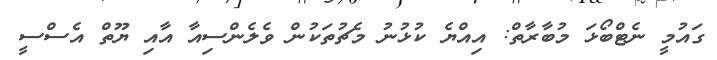
ގައުމީ ނެޓްބޯޅަ މުބާރާތް: އިއްޔެ ކުޅުނު މެޗުތަކުން ވެލެންސިއާ އާއި ޔޫތް އެސްސީ